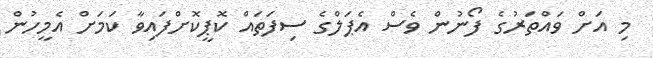
މި އަށް ވައްތަރުގެ ފޯނުން ވެސް އެޕަލްގެ ސިފަތައް ކޮޕީކޮށްފައިވާ ކަމަށް އެމީހުން